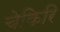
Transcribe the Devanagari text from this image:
चेकिरि